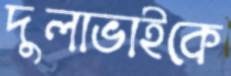
দুলাভাইকে